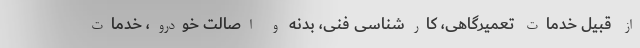
از قبیل خدمات تعمیرگاهی، کارشناسی فنی، بدنه و اصالت خودرو، خدمات